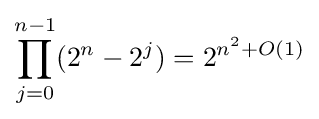
\prod _{j=0}^{n-1}(2^{n}-2^{j})=2^{n^{2}+O(1)}